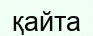
қайта